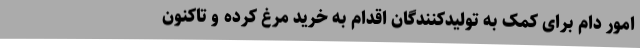
امور دام برای کمک به تولیدکنندگان اقدام به خرید مرغ کرده و تاکنون